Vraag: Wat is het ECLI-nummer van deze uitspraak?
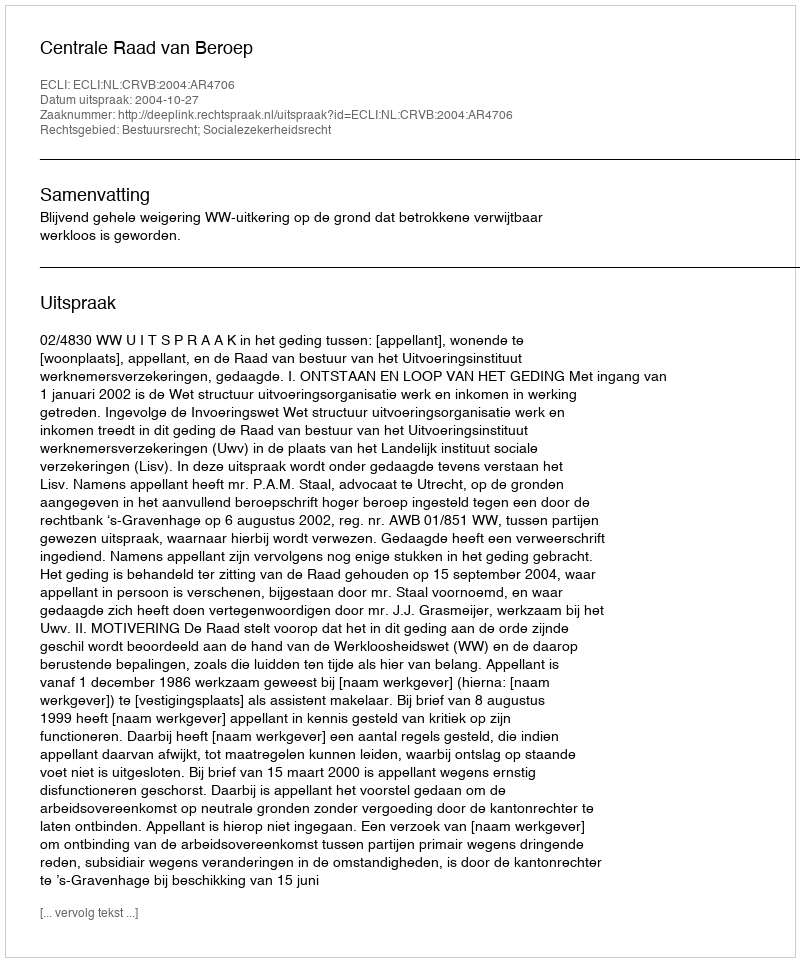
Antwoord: ECLI:NL:CRVB:2004:AR4706